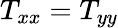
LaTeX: T_{xx}=T_{yy}